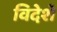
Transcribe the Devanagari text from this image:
विदेशें